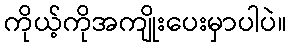
ကိုယ့်ကိုအကျိုးပေးမှာပါပဲ။